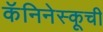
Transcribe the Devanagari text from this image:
कॅनिनेस्कूची